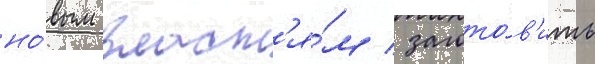
но́вым власт'я́м / загото́в'ить